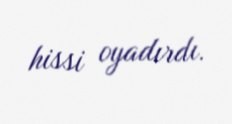
hissi oyadırdı.